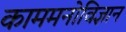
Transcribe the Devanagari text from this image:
काममनोविज्ञान